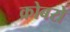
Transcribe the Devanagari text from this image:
क्रोबरो